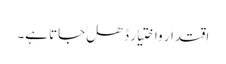
اقتدار واختیار ڈھل جاتا ہے۔